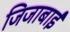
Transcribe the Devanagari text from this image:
जिजाबाईं